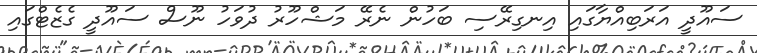
ސައޫދީ އަރަބިއްޔާގައި އިނގިރޭސި ބަހުން ނެރޭ މަޝްހޫރު ދުވަހު ނޫސް ސައޫދީ ގެޒެޓްގައި